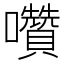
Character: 囋